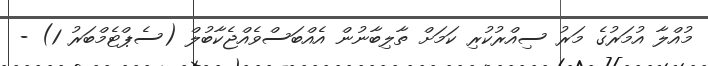
މުއްލާ އުމަރުގެ މަރު ސިއްރުކުރި ކަމަށް ތާލިބާނުން އެއްބަސްވެއްޖެކާބުލް (ސެޕްޓެމްބަރު 1) -